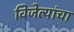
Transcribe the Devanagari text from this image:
विजेत्यांचा